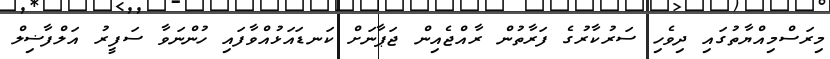
މިރަސްމިއްޔާތުގައި ދިވެހި ސަރުކާރުގެ ފަރާތުން ރާއްޖެއިން ޖަޕާނަށް ކަނޑައަޅުއްވާފައި ހުންނަވާ ސަފީރު އަލްފާޟިލް